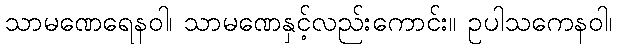
သာမဏေရေနဝါ၊ သာမဏေနှင့်လည်းကောင်း။ ဥပါသကေနဝါ၊